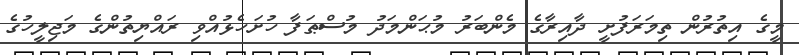
މީގެ އިތުރުން ތިމަރަފުށީ ދާއިރާގެ މެންބަރު މުޙަންމަދު މުސްޠަފާ ހުށަހެޅުއްވި ރައްޔިތުންގެ މަޖިލީހުގެ